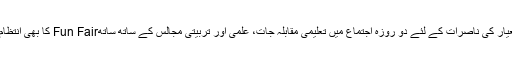
تینوں معیار کی ناصرات کے لئے دو روزہ اجتماع میں تعلیمی مقابلہ جات، علمی اور تربیتی مجالس کے ساتھ ساتھFun Fair کا بھی انتظام کیا گیا۔